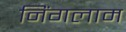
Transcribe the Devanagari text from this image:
निंगलाम